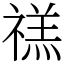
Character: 禚